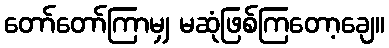
တော်တော်ကြာမျှ မဆုံဖြစ်ကြတော့ချေ။